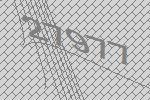
27977